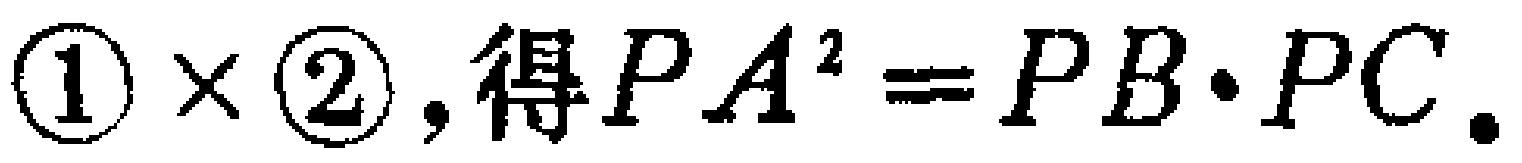
\textcircled{1} \times \textcircled{2} ,得 \(PA^{2}=PB\cdot PC\).